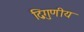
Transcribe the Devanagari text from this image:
द्विगुणीय